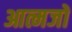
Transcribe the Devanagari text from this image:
आत्मजों